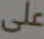
على